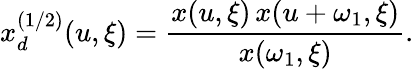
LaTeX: x_{d}^{(1/2)}(u,\xi)={\frac{x(u,\xi)\, x(u+\omega_{1},\xi)}{x(\omega_{1},\xi)}}.